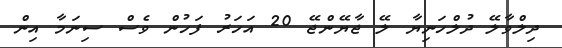
ދިލްވާލޭ ދުލްހަނިޔާ ލޭ ޖާޔޭންޖޭ 20 އަހަރު ފަހުން ވެސް ސިނަމާ އިން